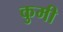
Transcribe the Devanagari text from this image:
कुमी